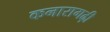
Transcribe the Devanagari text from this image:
कनारागढ़ी